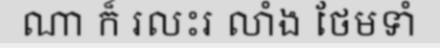
ណា ក៏ រលះរ លាំង ថែមទាំ